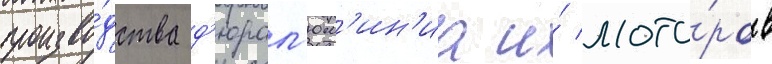
произво́дства д'юрал'юм'ин'иа и́ мото́ров